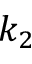
k _ { 2 }